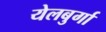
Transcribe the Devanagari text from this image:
येलबुर्गा